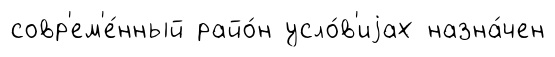
совр'ем'е́нный райо́н усло́в'иjах назна́чен